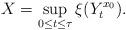
LaTeX: \begin{align*}X=\sup_{0\leq t\leq \tau}\xi(Y_{t}^{x_0}).\end{align*}